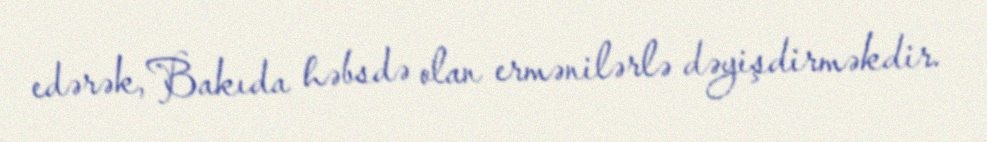
edərək, Bakıda həbsdə olan ermənilərlə dəyişdirməkdir.